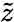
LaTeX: \widetilde{z}